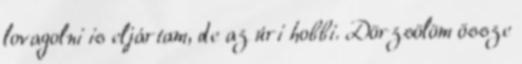
lovagolni is eljártam, de az úri hobbi. Dörzsölöm össze